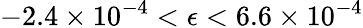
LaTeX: -2.4\times 10^{-4}<\epsilon<6.6\times 10^{-4}